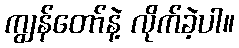
ကျွန်တော်နဲ့ လိုက်ခဲ့ပါ။